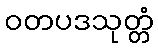
ဝတပဒသုတ္တံ